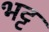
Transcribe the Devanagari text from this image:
भट्ट़